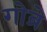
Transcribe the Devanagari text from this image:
गोब्रे